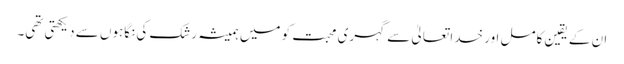
ان کے یقین کامل اور خدا تعالیٰ سے گہری محبت کو میں ہمیشہ رشک کی نگاہوں سے دیکھتی تھی۔